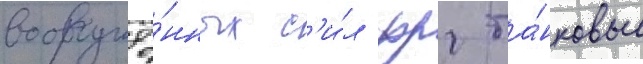
вооружё́нных с'и́л фрг та́нковые